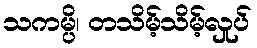
သကမ္ပိ၊ တသိမ့်သိမ့်လှုပ်